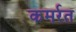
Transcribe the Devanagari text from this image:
कमर्रत